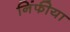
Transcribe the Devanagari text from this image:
निंफीया